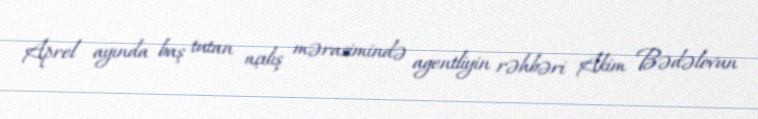
Aprel ayında baş tutan açılış mərasimində agentliyin rəhbəri Akim Bədəlovun